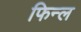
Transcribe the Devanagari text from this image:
फिन्ल